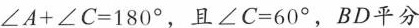
$$∠ A + ∠ C = 180 °$$，且$$∠ C = 6 0 °$$，BD平分